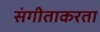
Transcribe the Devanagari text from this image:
संगीताकरता